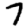
Digit: 7